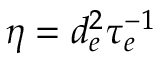
\eta = d _ { e } ^ { 2 } \tau _ { e } ^ { - 1 }